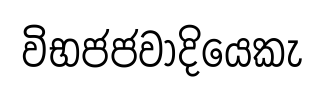
විභජජවාදියෙකැ